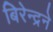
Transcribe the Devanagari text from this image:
बिरेन्द्रने